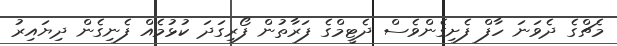
މެޗްގެ ދެވަނަ ހާފް ފެށިގެންވެސް ދެޓީމްގެ ފަރާތުން ފޯރިގަދަ ކުޅުމެއް ފެނިގެން ދިޔައިރު